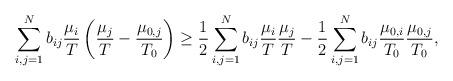
LaTeX: \begin{align*}\sum_{i,j=1}^N b_{ij}\frac{\mu_i}{T}\left(\frac{\mu_j}{T} - \frac{\mu_{0,j}}{T_0}\right) &\geq \frac{1}{2}\sum_{i,j=1}^N b_{ij}\frac{\mu_i}{T}\frac{\mu_j}{T} -\frac{1}{2}\sum_{i,j=1}^N b_{ij}\frac{\mu_{0,i}}{T_0}\frac{\mu_{0,j}}{T_0},\end{align*}